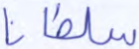
سلطانا